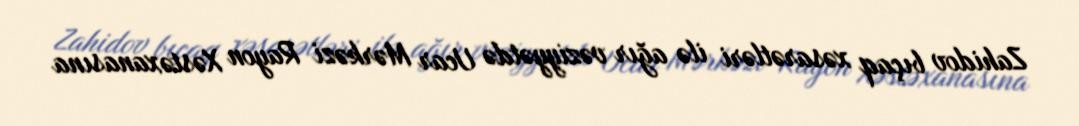
Zahidov bıçaq xəsarətləri ilə ağır vəziyyətdə Ucar Mərkəzi Rayon Xəstəxanasına